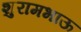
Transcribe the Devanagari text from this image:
शुरामभाऊ